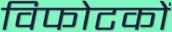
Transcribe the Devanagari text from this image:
विफोटकों